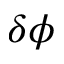
\delta \phi